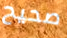
صحيح